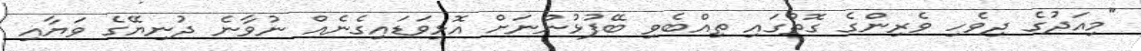
"މިއަދުގެ ދިވެހި ވެރިންގެ ގޮތުގައި ތިއްބެވި ބޭފުޅުންނަށް އޮޅިވަޑައިގެނެއް ނުވާނެ ދުނިޔޭގެ ވަޔާއި